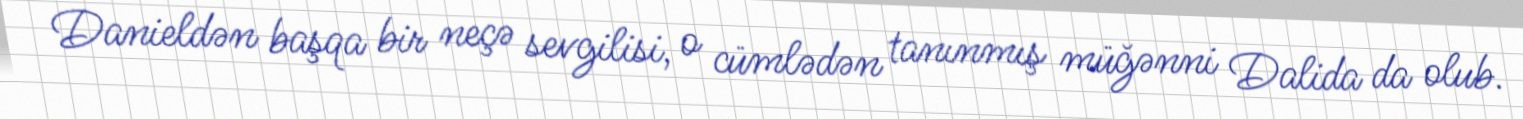
Danieldən başqa bir neçə sevgilisi, o cümlədən tanınmış müğənni Dalida da olub.